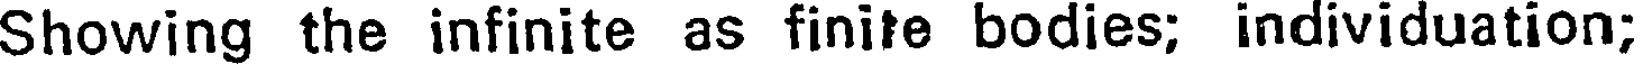
Showing the infinite as finite bodies; individuation;